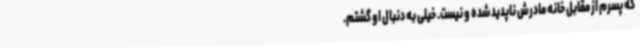
که پسرم از مقابل خانه مادرش ناپدید شده و نیست. خیلی به دنبال او گشتم.